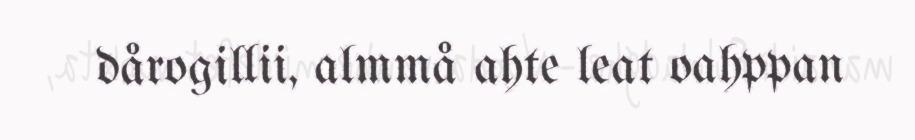
dårogillii, almmå ahte leat oahppan